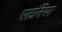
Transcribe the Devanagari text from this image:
पटनिया